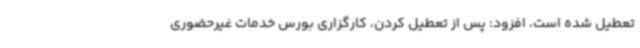
تعطیل شده است، افزود: پس از تعطیل کردن، کارگزاری بورس خدمات غیرحضوری